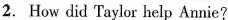
2. How did Taylor help Annie?